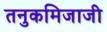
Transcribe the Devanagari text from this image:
तनुकमिजाजी